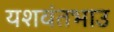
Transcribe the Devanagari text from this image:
यशवंतभाउ